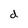
Character: d